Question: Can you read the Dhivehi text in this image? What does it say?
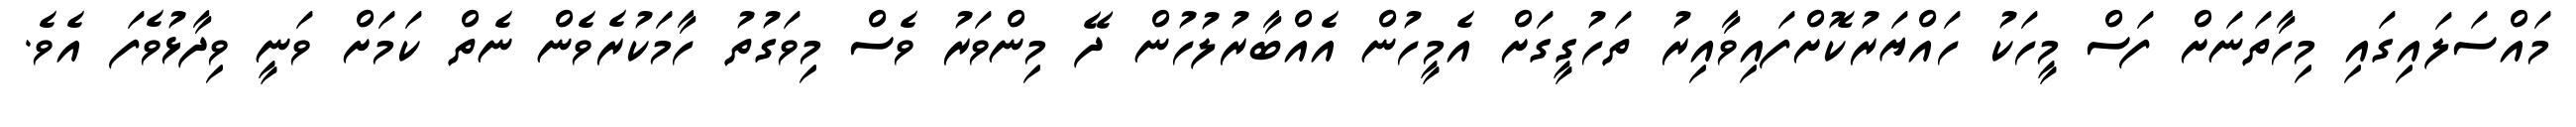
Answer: މައްސަލައިގައި މިހާތަނަށް ފަސް މީހަކު ހައްޔަރުކޮށްފައިވާއިރު ތަހުގީގަށް އެމީހުން އެއްބާރުލުހުން ދޭ މިންވަރު ވެސް މިވަގުތު ހާމަކުރެވެން ނެތް ކަމަށް ވަނީ ވިދާޅުވެފަ އެވެ.